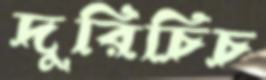
দুরিচিচ